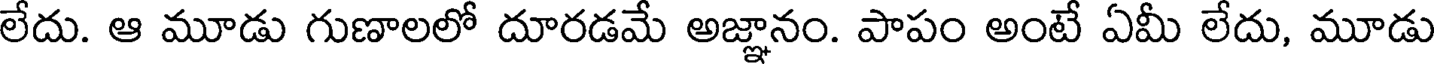
లేదు. ఆ మూడు గుణాలలో దూరడమే అజ్ఞానం. పాపం అంటే ఏమీ లేదు, మూడు